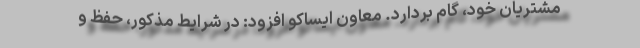
مشتریان خود، گام بردارد. معاون ایساکو افزود: در شرایط مذکور، حفظ و